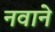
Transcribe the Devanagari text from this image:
नवाने